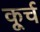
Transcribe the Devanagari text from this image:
कूर्च